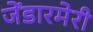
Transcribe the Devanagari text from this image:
जेंडारमेरी